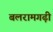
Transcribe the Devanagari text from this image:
बलरामगढ़ी